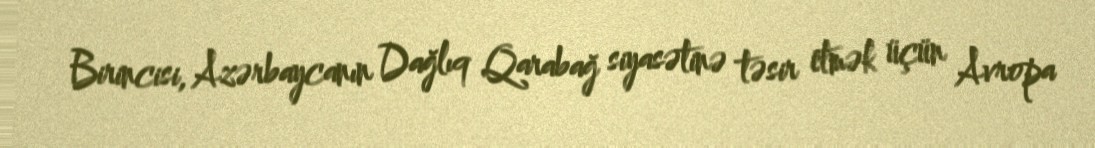
Birincisi, Azərbaycanın Dağlıq Qarabağ siyasətinə təsir etmək üçün Avropa